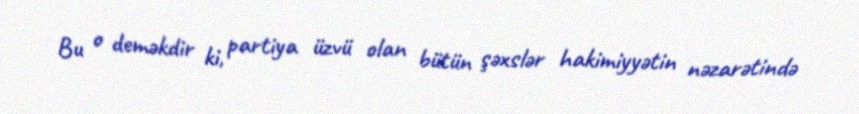
Bu o deməkdir ki, partiya üzvü olan bütün şəxslər hakimiyyətin nəzarətində